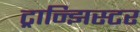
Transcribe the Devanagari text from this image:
ट्रान्झिस्टर